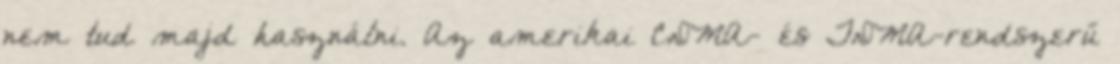
nem tud majd használni. Az amerikai CDMA- és TDMA-rendszerű